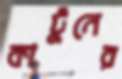
কার্টুনের